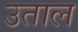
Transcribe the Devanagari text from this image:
उताल